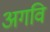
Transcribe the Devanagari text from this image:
अगवि